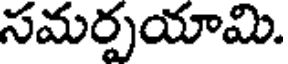
సమర్పయామి.